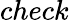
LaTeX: check